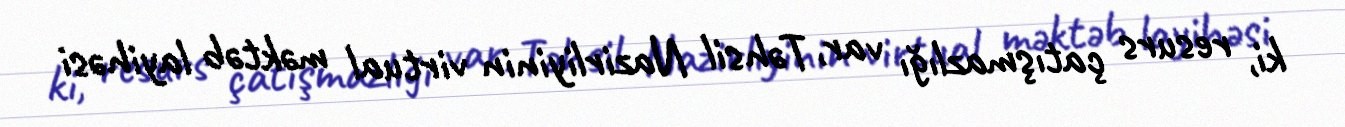
ki, resurs çatışmazlığı var, Təhsil Nazirliyinin virtual məktəb layihəsi